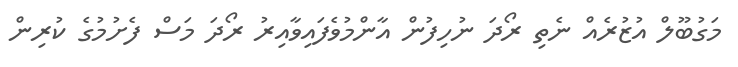
މަގުބޫލް އުޒުރެއް ނެތި ރޯދަ ނުހިފުން އާންމުވެފައިވާއިރު ރޯދަ މަސް ފެށުމުގެ ކުރިން